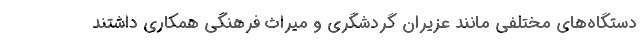
دستگاه‌های مختلفی مانند عزیران گردشگری و میراث فرهنگی همکاری داشتند